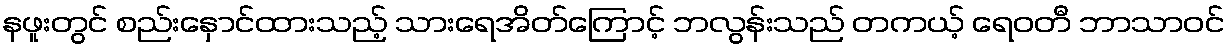
နဖူးတွင် စည်းနှောင်ထားသည့် သားရေအိတ်ကြောင့် ဘလွန်းသည် တကယ့် ရေဝတီ ဘာသာဝင်